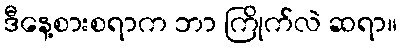
ဒီနေ့စားစရာက ဘာ ကြိုက်လဲ ဆရာ။